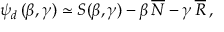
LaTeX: \psi _ { d } \, ( \beta , \gamma ) \simeq S ( \beta , \gamma ) - \beta \, \overline { { N } } - \gamma \, \overline { { { \cal R } } } \, ,